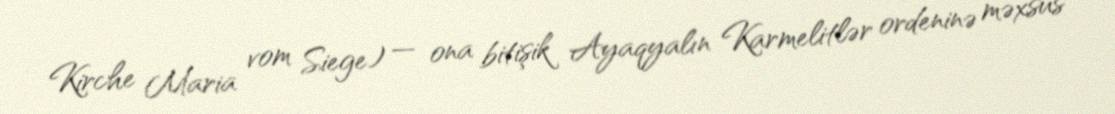
Kirche Maria vom Siege) — ona bitişik Ayaqyalın Karmelitlər ordeninə məxsus